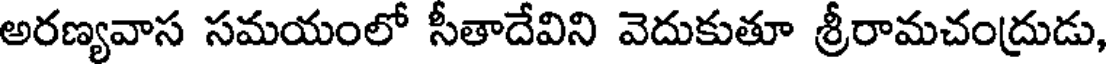
అరణ్యవాస సమయంలో సీతాదేవిని వెదుకుతూ శ్రీరామచంద్రుడు,